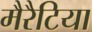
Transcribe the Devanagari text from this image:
मैरैटिया